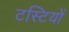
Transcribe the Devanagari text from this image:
टस्टियों